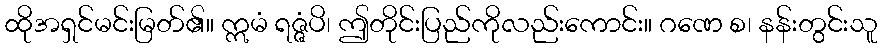
ထိုအရှင်မင်းမြတ်၏။ ဣမံ ရဇ္ဇံပိ၊ ဤတိုင်းပြည်ကိုလည်းကောင်း။ ဂဏေ စ၊ နန်းတွင်းသူ